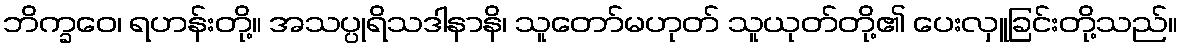
ဘိက္ခဝေ၊ ရဟန်းတို့။ အသပ္ပုရိသဒါနာနိ၊ သူတော်မဟုတ် သူယုတ်တို့၏ ပေးလှူခြင်းတို့သည်။